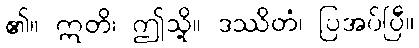
၏။ ဣတိ၊ ဤသို့။ ဒဿိတံ၊ ပြအပ်ပြီ။